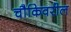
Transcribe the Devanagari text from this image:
चौकिवरील